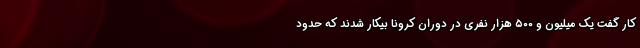
کار گفت یک میلیون و ۵۰۰ هزار نفری در دوران کرونا بیکار شدند که حدود